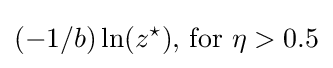
(-1/b)\ln(z^{\star }){\text{, for }}\eta >0.5